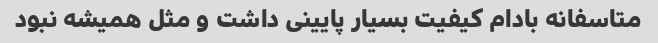
متاسفانه بادام کیفیت بسیار پایینی داشت و مثل همیشه نبود